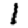
Digit: 1